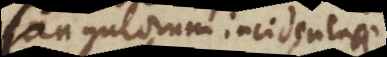
angulorum incidentiae